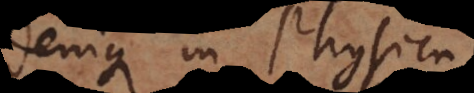
enique in Physica